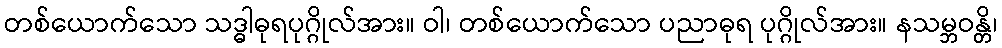
တစ်ယောက်သော သဒ္ဓါဓုရပုဂ္ဂိုလ်အား။ ဝါ၊ တစ်ယောက်သော ပညာဓုရ ပုဂ္ဂိုလ်အား။ နသမ္ဘဝန္တိ၊